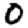
Digit: 0